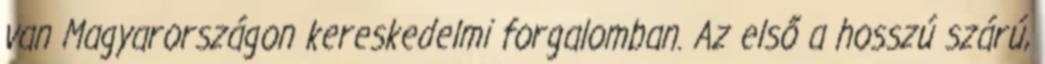
van Magyarországon kereskedelmi forgalomban. Az első a hosszú szárú,